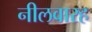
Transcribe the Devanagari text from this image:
नीलवारह